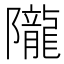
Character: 隴